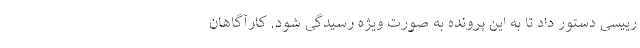
رییسی دستور داد تا به این پرونده به صورت ویژه رسیدگی شود. کارآگاهان